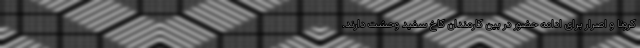
کرونا و اصرار برای ادامه حضور در بین کارمندان کاخ سفید وحشت دارند.